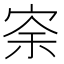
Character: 𡨀